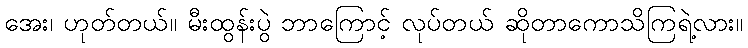
အေး၊ ဟုတ်တယ်။ မီးထွန်းပွဲ ဘာကြောင့် လုပ်တယ် ဆိုတာကောသိကြရဲ့လား။